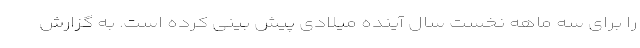
را برای سه ماهه نخست سال آینده میلادی پیش بینی کرده است. به گزارش